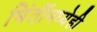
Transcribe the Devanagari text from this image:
भिंतींमध्येही